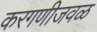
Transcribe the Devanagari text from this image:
करगणीजवळ